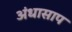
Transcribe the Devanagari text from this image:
अंधासाप